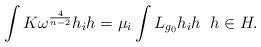
LaTeX: \begin{align*}\int K\omega^{\frac{4}{n-2}}h_{i}h=\mu_{i}\int L_{g_{0}}h_{i}h\; \; h \in H.\end{align*}